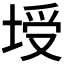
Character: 𰉻